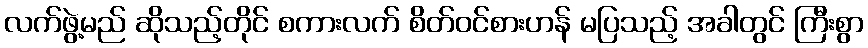
လက်ဖွဲ့မည် ဆိုသည့်တိုင် စကားလက် စိတ်ဝင်စားဟန် မပြသည့် အခါတွင် ကြီးစွာ